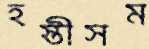
হস্তীসম